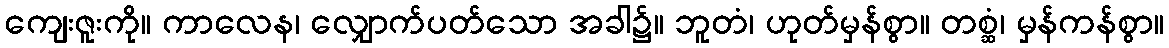
ကျေးဇူးကို။ ကာလေန၊ လျှောက်ပတ်သော အခါ၌။ ဘူတံ၊ ဟုတ်မှန်စွာ။ တစ္ဆံ၊ မှန်ကန်စွာ။